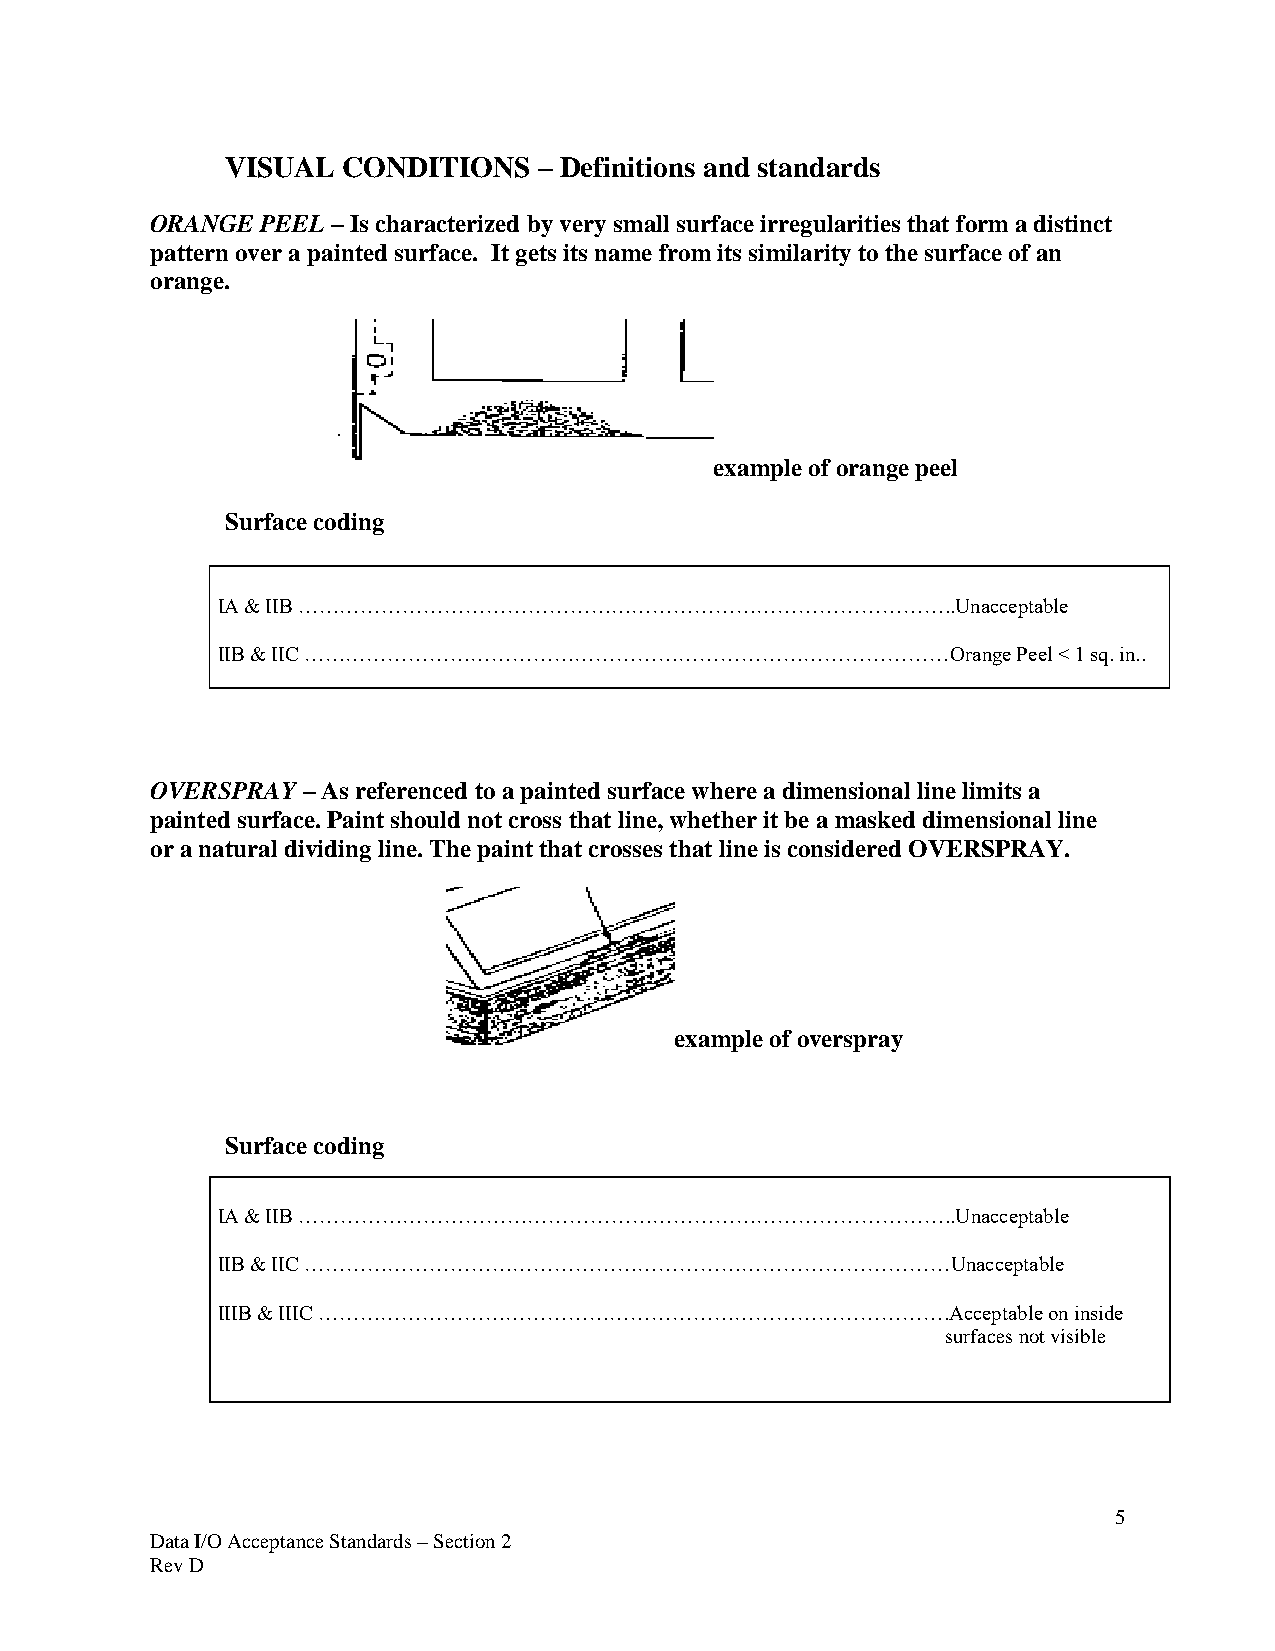
VISUAL  CONDITIONS   – Definitions and standards
 ORANGE PEEL – Is characterized by very small surface irregularities that form a distinct
 pattern over a painted surface. It gets its name from its similarity to the surface of an
 orange.
 example of orange peel
 Surface coding
 IA & IIB …………………………………………………………………………………..Unacceptable
 IIB & IIC …………………………………………………………………………………Orange      Peel < 1 sq. in..
 OVERSPRAY – As referenced to a painted surface where a dimensional line limits a
 painted surface. Paint should not cross that line, whether it be a masked dimensional line
 or a natural dividing line. The paint that crosses that line is considered OVERSPRAY.
 example of overspray
 Surface coding
 IA & IIB …………………………………………………………………………………..Unacceptable
 IIB & IIC …………………………………………………………………………………Unacceptable
 IIIB & IIIC ……………………………………………………………………………….Acceptable  on inside
 surfaces not visible
 5
 Data I/O Acceptance Standards – Section 2
 Rev D